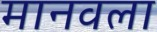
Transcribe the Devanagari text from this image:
मानवला